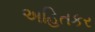
અહિતકર